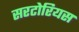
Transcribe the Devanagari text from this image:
सरटोरियस